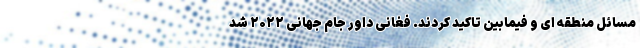
مسائل‌ منطقه ای و فیمابین تاکید کردند. فغانی داور جام جهانی ۲۰۲۲ شد